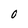
Character: 0